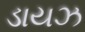
ડાયઝ